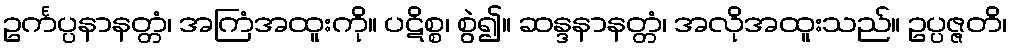
ဥင်္ကပ္ပနာနတ္တံ၊ အကြံအထူးကို။ ပဋိစ္စ၊ စွဲ၍။ ဆန္ဒနာနတ္တံ၊ အလိုအထူးသည်။ ဥပ္ပဇ္ဇတိ၊